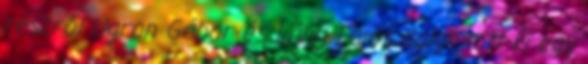
részről Ugron Gábor és Láng Lajos dolgozott ki egy